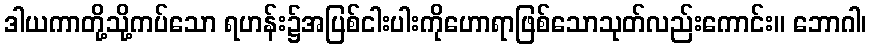
ဒါယကာတို့သို့ကပ်သော ရဟန်း၌အပြစ်ငါးပါးကိုဟောရာဖြစ်သောသုတ်လည်းကောင်း။ ဘောဂါ၊